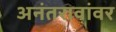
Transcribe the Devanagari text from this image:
अनंतरावांवर